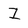
Character: I